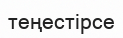
теңестірсе